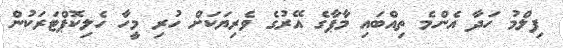
ފިލްމު ހަދާ އެންމެ ތިއްބައި މާޕާގެ އޭރުގެ ވެރިޔަކަށް ހުރި މީހާ ހެލިކޮޕްޓަރަކުން